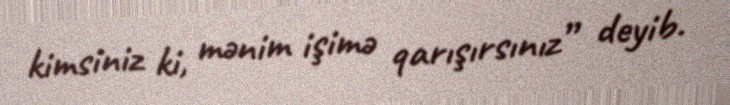
kimsiniz ki, mənim işimə qarışırsınız” deyib.